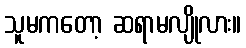
သူမကတော့ ဆရာမလျိုလား။